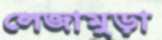
লেজামুড়া